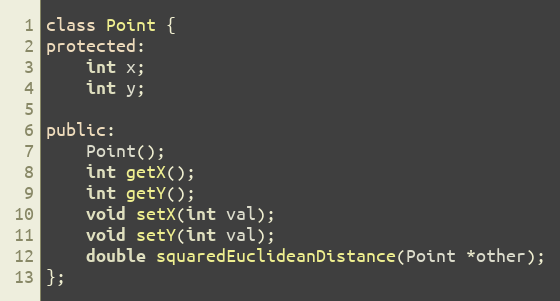
Language: C++
class Point {
protected:
    int x;
    int y;

public:
    Point();
    int getX();
    int getY();
    void setX(int val);
    void setY(int val);
    double squaredEuclideanDistance(Point *other);
};